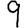
Digit: 9